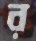
র